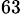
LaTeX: ^{63}